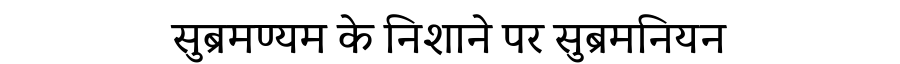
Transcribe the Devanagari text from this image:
सुब्रमण्यम के निशाने पर सुब्रमनियन